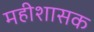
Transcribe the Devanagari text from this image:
महीशासक